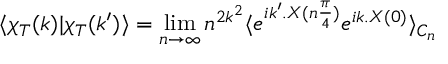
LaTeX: \langle \chi _ { T } ( k ) | \chi _ { T } ( k ^ { \prime } ) \rangle = \operatorname * { l i m } _ { n \to \infty } n ^ { 2 k ^ { 2 } } \langle e ^ { i k ^ { \prime } . X ( n \frac { \pi } { 4 } ) } e ^ { i k . X ( 0 ) } \rangle _ { C _ { n } }